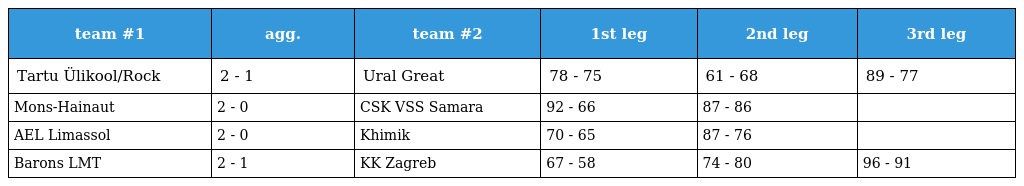
| team #1 | agg. | team #2 | 1st leg | 2nd leg | 3rd leg |
 | --- | --- | --- | --- | --- | --- |
 | Tartu Ülikool/Rock | 2 - 1 | Ural Great | 78 - 75 | 61 - 68 | 89 - 77 |
 | Mons-Hainaut | 2 - 0 | CSK VSS Samara | 92 - 66 | 87 - 86 |  |
 | AEL Limassol | 2 - 0 | Khimik | 70 - 65 | 87 - 76 |  |
 | Barons LMT | 2 - 1 | KK Zagreb | 67 - 58 | 74 - 80 | 96 - 91 |